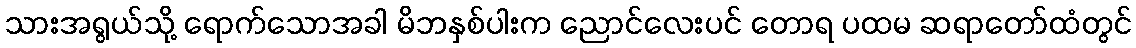
သားအရွယ်သို့ ရောက်သောအခါ မိဘနှစ်ပါးက ညောင်လေးပင် တောရ ပထမ ဆရာတော်ထံတွင်